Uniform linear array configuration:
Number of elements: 24
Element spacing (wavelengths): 1
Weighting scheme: exponential
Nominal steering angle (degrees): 45
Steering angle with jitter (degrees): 43.053
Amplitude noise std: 0.05
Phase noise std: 0.05

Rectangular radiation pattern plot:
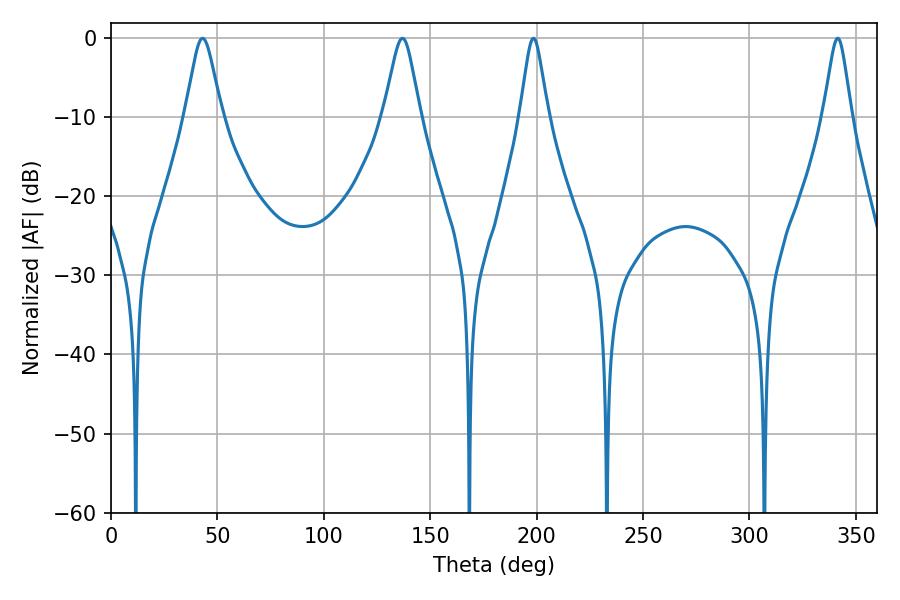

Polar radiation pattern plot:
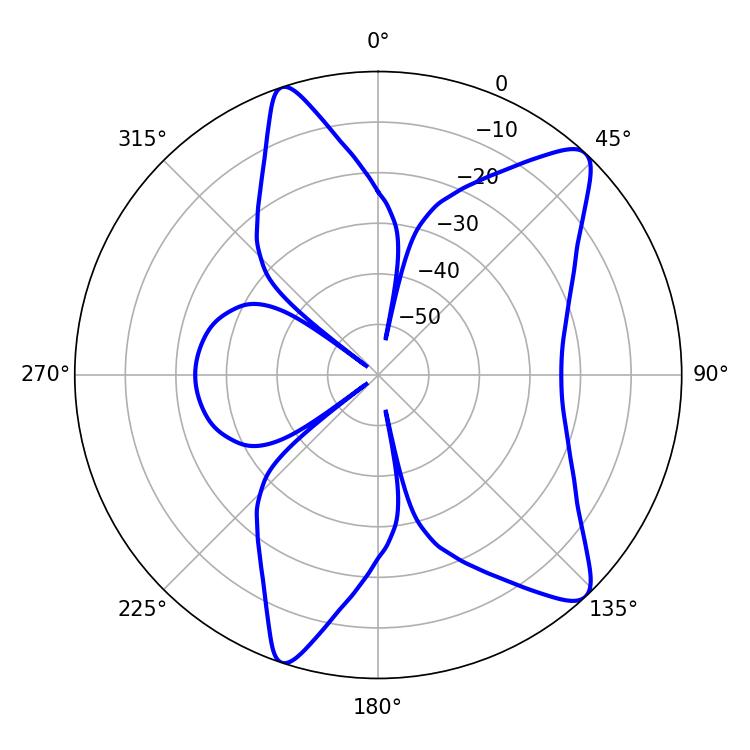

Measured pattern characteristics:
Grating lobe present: TRUE
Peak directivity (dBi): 10.975
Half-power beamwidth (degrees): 8.1
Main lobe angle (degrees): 43.02